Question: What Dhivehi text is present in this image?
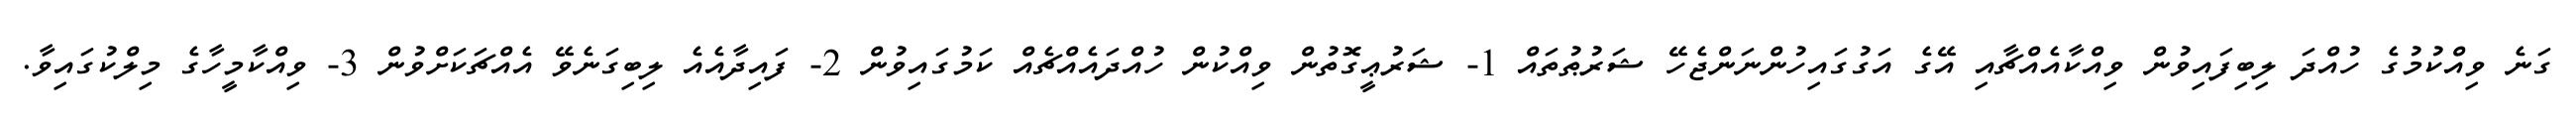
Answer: ގަނެ ވިއްކުމުގެ ހުއްދަ ލިބިފައިވުން ވިއްކާއެއްޗާއި އޭގެ އަގުގައިހުންނަންޖެހޭ ޝަރުޠުތައް 1- ޝަރުޢީގޮތުން ވިއްކުން ހުއްދައެއްޗެއް ކަމުގައިވުން 2- ފައިދާއެއެ ލިބިގަނެވޭ އެއްޗަކަށްވުން 3- ވިއްކާމީހާގެ މިލްކުގައިވާ.